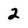
Character: 2